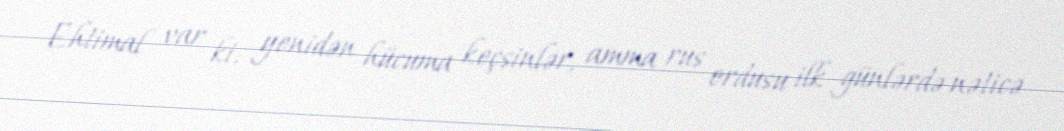
Ehtimal var ki, yenidən hücuma keçsinlər, amma rus ordusu ilk günlərdə nəticə